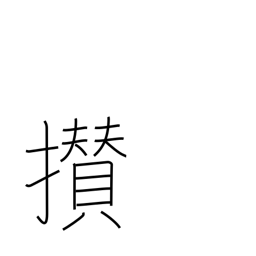
Meaning: come together